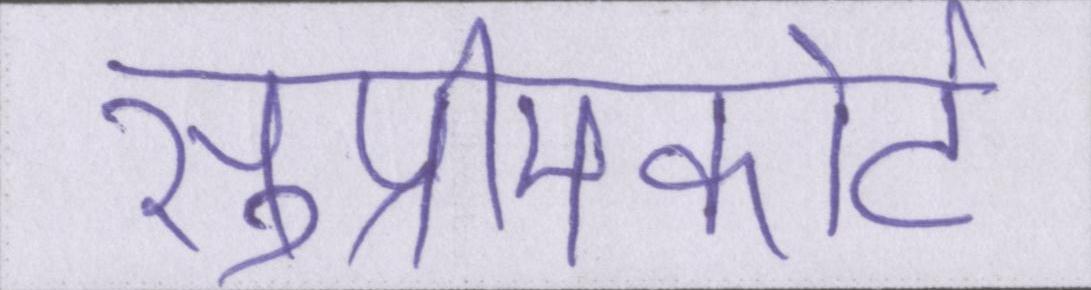
सुप्रीमकोर्ट